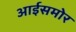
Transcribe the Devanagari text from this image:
आईसमोर